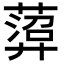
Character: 𦻟